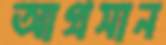
আগ্রসান